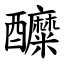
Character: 醾